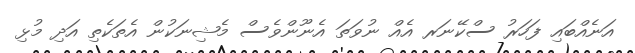
އަނެއްބައި ފަހަރު ސްކޭނަރ އެއް ނުވަަތަ އެނޫންވެސް މެޝިނަކުން އެތަކެތި އަދި މުޅި